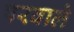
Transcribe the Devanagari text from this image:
परवाले